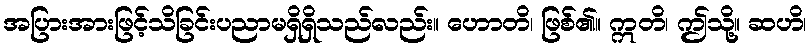
အပြားအားဖြင့်သိခြင်းပညာမရှိရှိသည်လည်း။ ဟောတိ၊ ဖြစ်၏။ ဣတိ၊ ဤသို့။ ဆဟိ၊